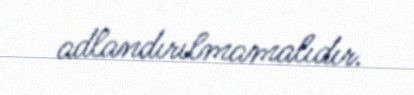
adlandırılmamalıdır.